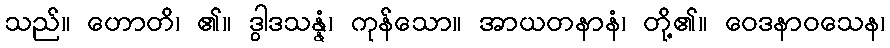
သည်။ ဟောတိ၊ ၏။ ဒွါဒသန္နံ၊ ကုန်သော။ အာယတနာနံ၊ တို့၏။ ဝေဒနာဝသေန၊